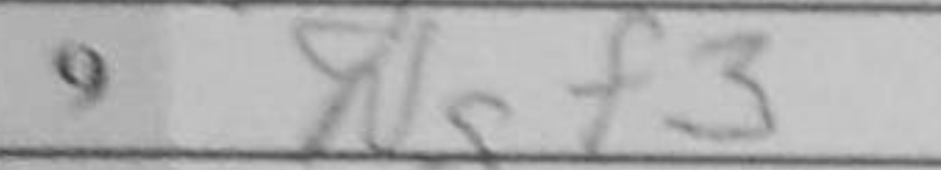
Transcription: Ngf3